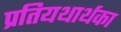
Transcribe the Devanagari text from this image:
प्रतियथार्थका